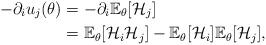
LaTeX: \begin{align*}-\partial_i u_j(\theta) &= -\partial_i \mathbb{E}_{\theta}[\mathcal{H}_j]\\&= \mathbb{E}_{\theta}[\mathcal{H}_i \mathcal{H}_j] - \mathbb{E}_{\theta}[\mathcal{H}_i]\mathbb{E}_{\theta}[\mathcal{H}_j],\end{align*}